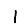
Digit: 1